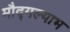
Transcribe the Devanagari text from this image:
मौद्गल्याभ